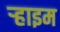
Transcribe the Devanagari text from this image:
ऱ्हाइम